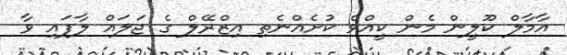
އާމާލް ކޫލީން މެން ކީއްވެ ކުށެއްނެތި އިޒްރޭލް ގެ ޖަލައް ލާފައި ވާ